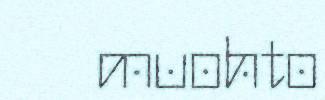
muohto